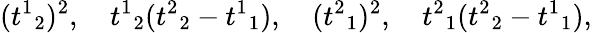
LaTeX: ({t^{1}}_{2})^{2},\quad{t^{1}}_{2}({t^{2}}_{2}-{t^{1}}_{1}),\quad({t^{2}}_{1})^{2},\quad{t^{2}}_{1}({t^{2}}_{2}-{t^{1}}_{1}),